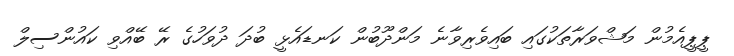
ޕީޕީއެމުން މަޝްވަރާތަކުގައި ބައިވެރިވާނެ މަންދޫބުން ކަނޑައެޅީ ބުދަ ދުވަހުގެ ރޭ ބޭއްވި ކައުންސިލް